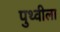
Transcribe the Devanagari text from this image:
पुथ्वीला